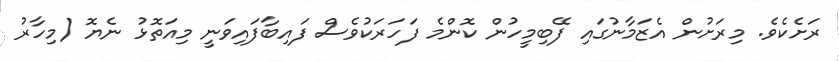
ރަށެކެވެ. މިރަށުން އެޒަމާނުގައި ފޭބިމީހުން ކޮންމެ ފަހަރަކުވެސް ފައިބާފައިވަނީ މިއަތޮޅު ނެޔޮ (މިހާރު